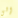
إلى